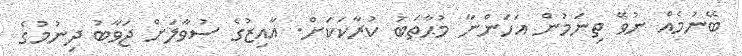
ބޭނުމެއް ނުވޭ ތިނަމުން އަހަންނާ މުޙާތަބު ކުރާކަކަށް. އާއިޒުގެ ސުވާލަށް ޖަވާބު ދިނުމުގެ